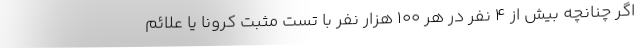
اگر چنانچه بیش از ۴ نفر در هر ۱۰۰ هزار نفر با تست مثبت کرونا یا علائم